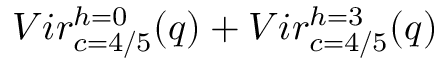
{ V i r _ { c = 4 / 5 } ^ { h = 0 } ( q ) + V i r _ { c = 4 / 5 } ^ { h = 3 } ( q ) }